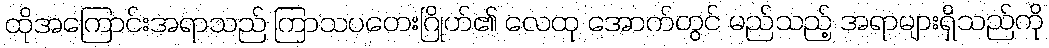
ထိုအကြောင်းအရာသည် ကြာသပတေးဂြိုဟ်၏ လေထု အောက်တွင် မည်သည့် အရာများရှိသည်ကို